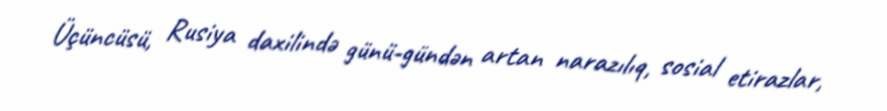
Üçüncüsü, Rusiya daxilində günü-gündən artan narazılıq, sosial etirazlar,